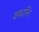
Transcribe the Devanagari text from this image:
व्रफान्ति